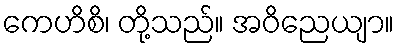
ကေဟိစိ၊ တို့သည်။ အဝိညေယျာ။